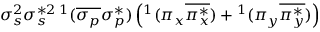
\sigma _ { s } ^ { 2 } \sigma _ { s } ^ { * 2 } { } \, ^ { 1 } ( \overline { { \sigma _ { p } } } \sigma _ { p } ^ { * } ) \left( ^ 1 ( \pi _ { x } \overline { { \pi _ { x } ^ { * } } } ) + { } ^ { 1 } ( \pi _ { y } \overline { { \pi _ { y } ^ { * } } } ) \right)